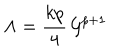
\Lambda = \frac { k p } { 4 } \, { \cal G } ^ { p + 1 }